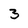
Character: 3